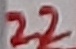
Text: 22